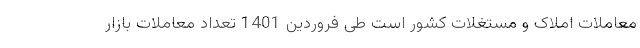
معاملات املاک و مستغلات کشور است طی فروردین 1401 تعداد معاملات بازار